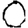
Digit: 0